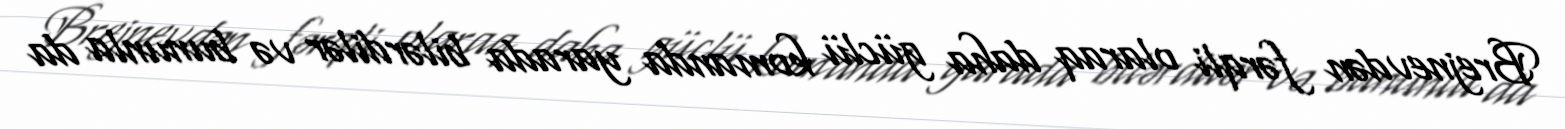
Brejnevdən fərqli olaraq daha güclü komanda yarada bilərdilər və bununla da